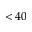
< 4 0